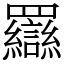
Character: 羉